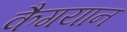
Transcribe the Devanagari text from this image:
कैगयान